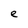
Character: e